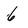
Character: 6